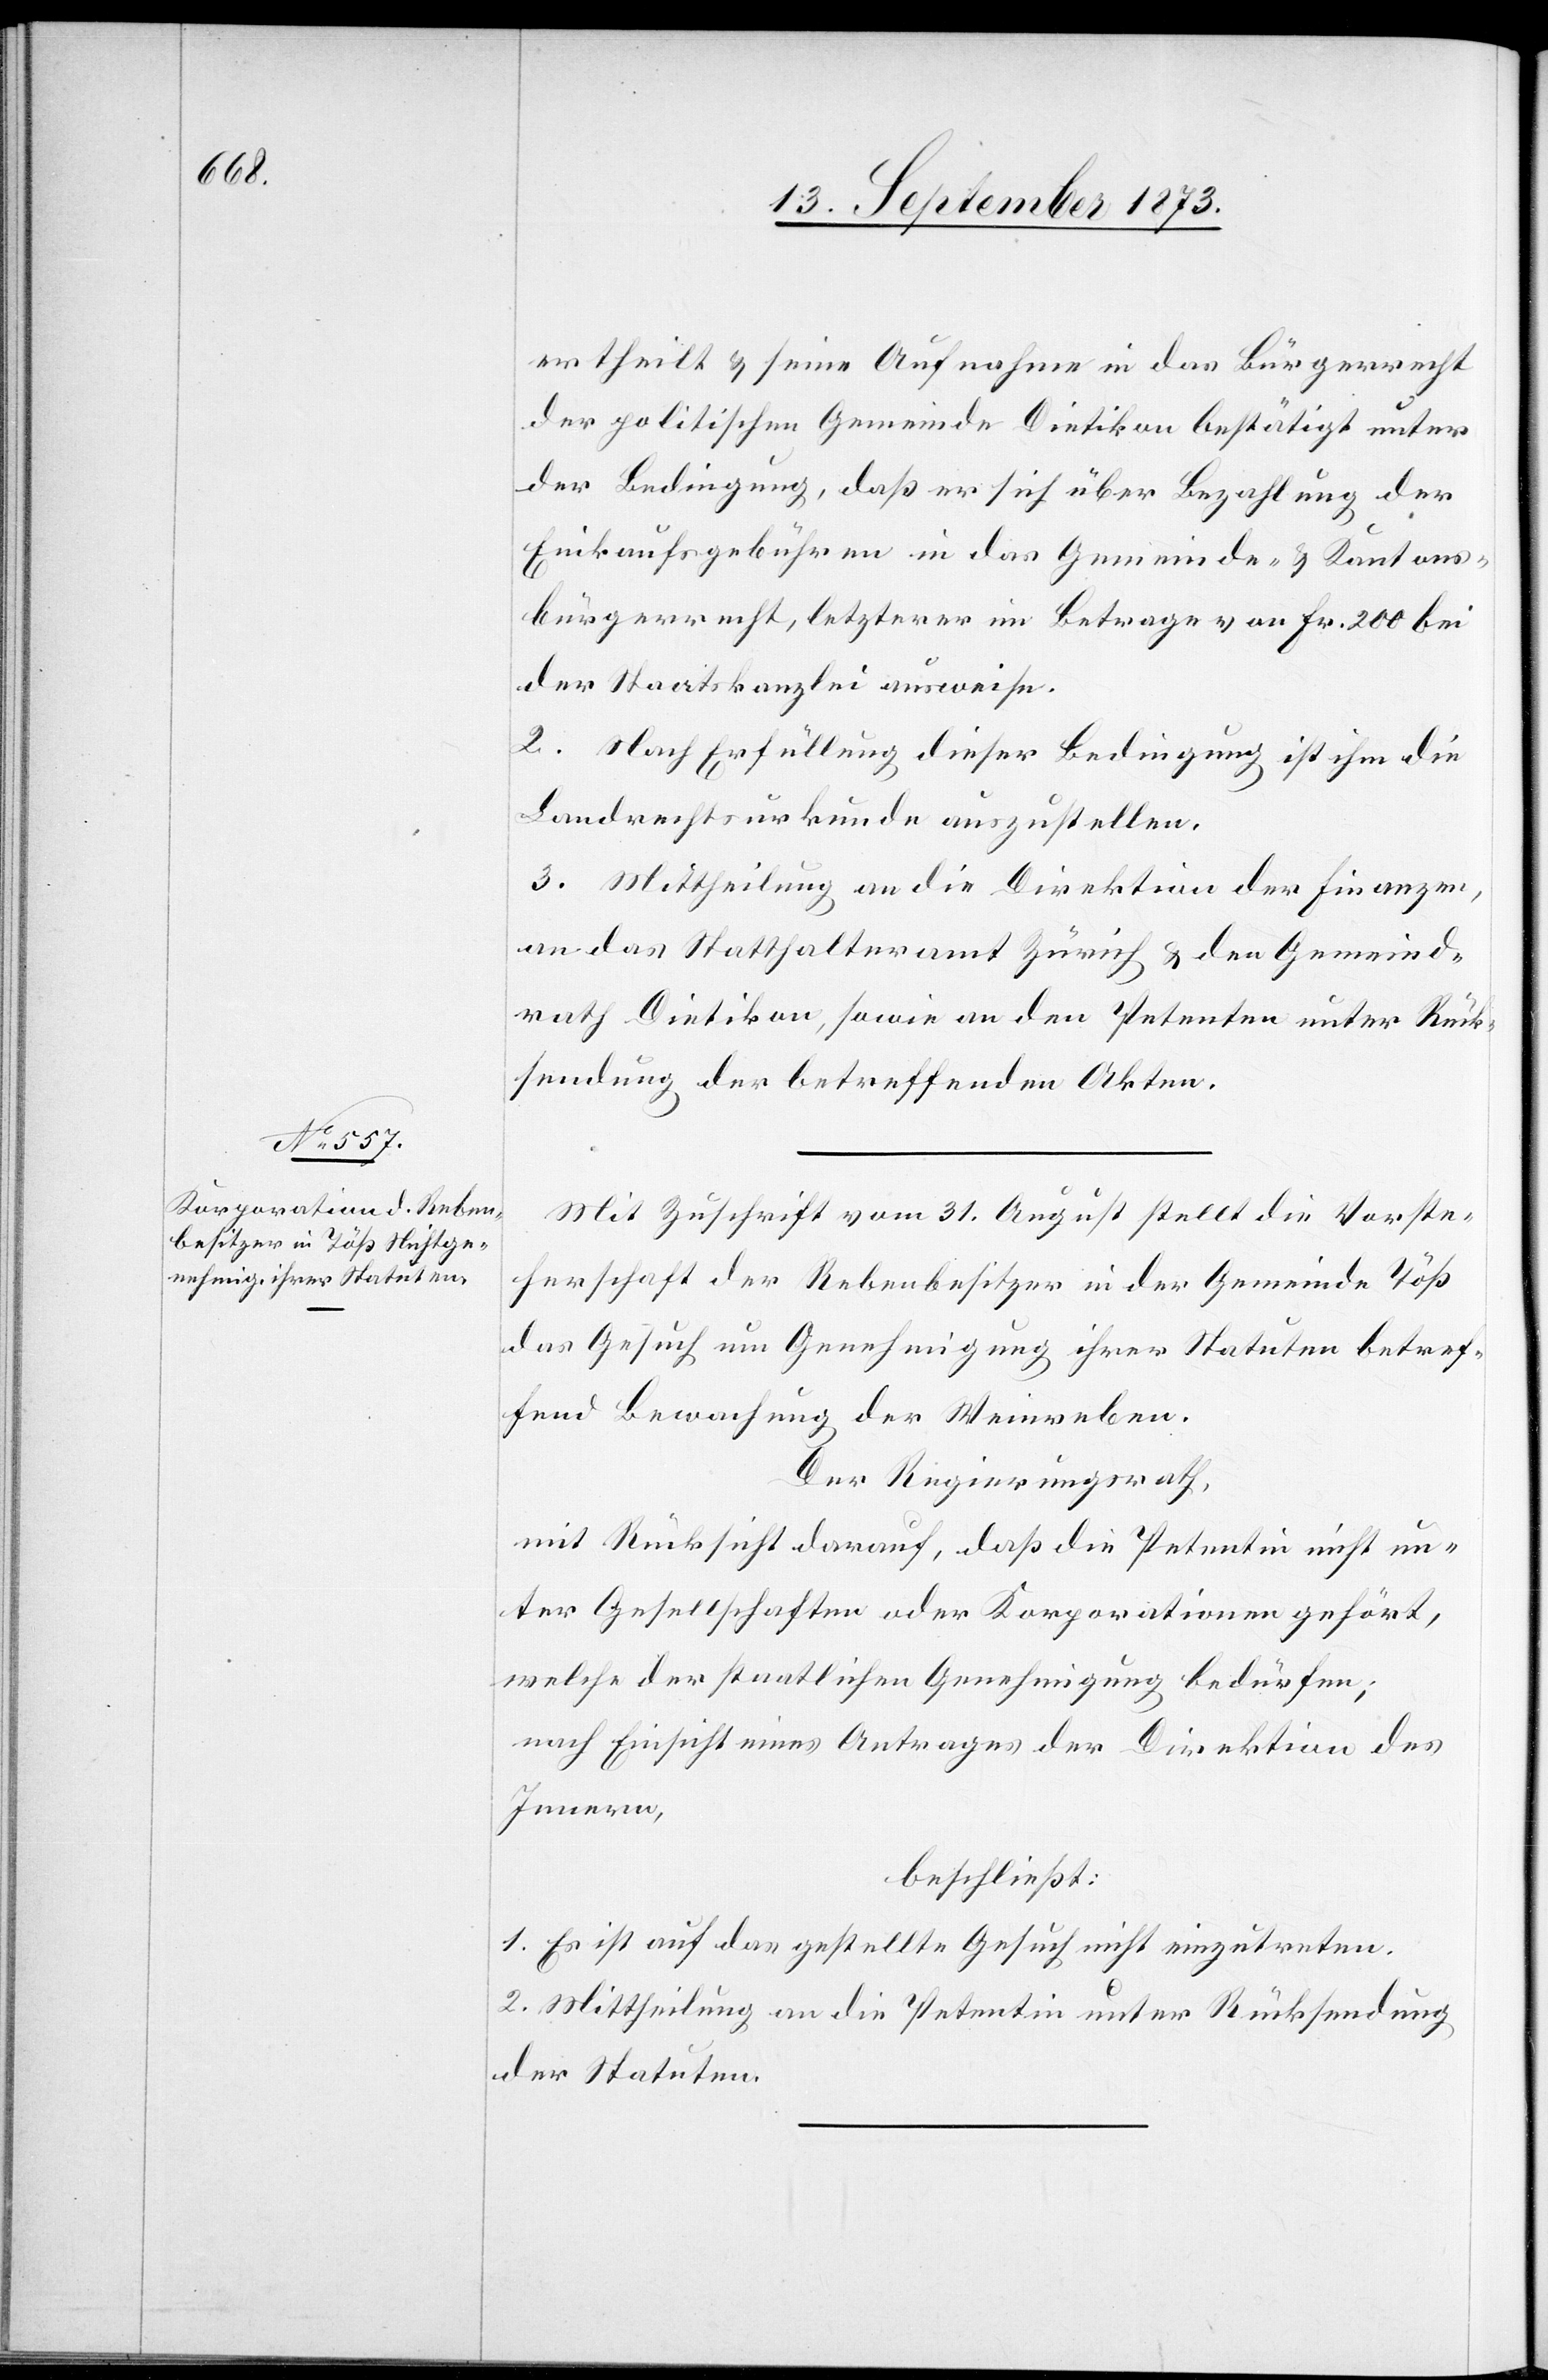
ertheilt & seine Aufnahme in das Bürgerrecht
der politischen Gemeinde Dietikon bestätigt unter
der Bedingung, daß er sich über Bezahlung der
Einkaufsgebühren in das Gemeinde- & Kantons¬
bürgerrecht, letzterer im Betrage von Fr. 200 bei
der Staatskanzlei ausweise.
2. Nach Erfüllung dieser Bedingung ist ihm die
Landrechtsurkunde auszustellen.
3. Mittheilung an die Direktion der Finanzen,
an das Statthalteramt Zürich & den Gemeind¬
rath Dietikon, sowie an den Petenten unter Rück¬
sendung der betreffenden Akten.
Mit Zuschrift vom 31. August stellt die Vorste¬
herschaft der Rebenbesitzer in der Gemeinde Töß
das Gesuch um Genehmigung ihrer Statuten betref¬
fend Bewachung der Weinreben.
Der Regierungsrath,
mit Rücksicht darauf, daß die Petentin nicht un¬
ter Gesellschaften oder Korporationen gehört,
welche der staatlichen Genehmigung bedürfen;
nach Einsicht eines Antrages der Direktion des
Innern,
beschließt:
1. Es ist auf das gestellte Gesuch nicht einzutreten.
2. Mittheilung an die Petentin unter Rücksendung
der Statuten.